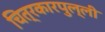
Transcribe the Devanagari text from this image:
चित्रकारपुल्ली